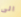
الى